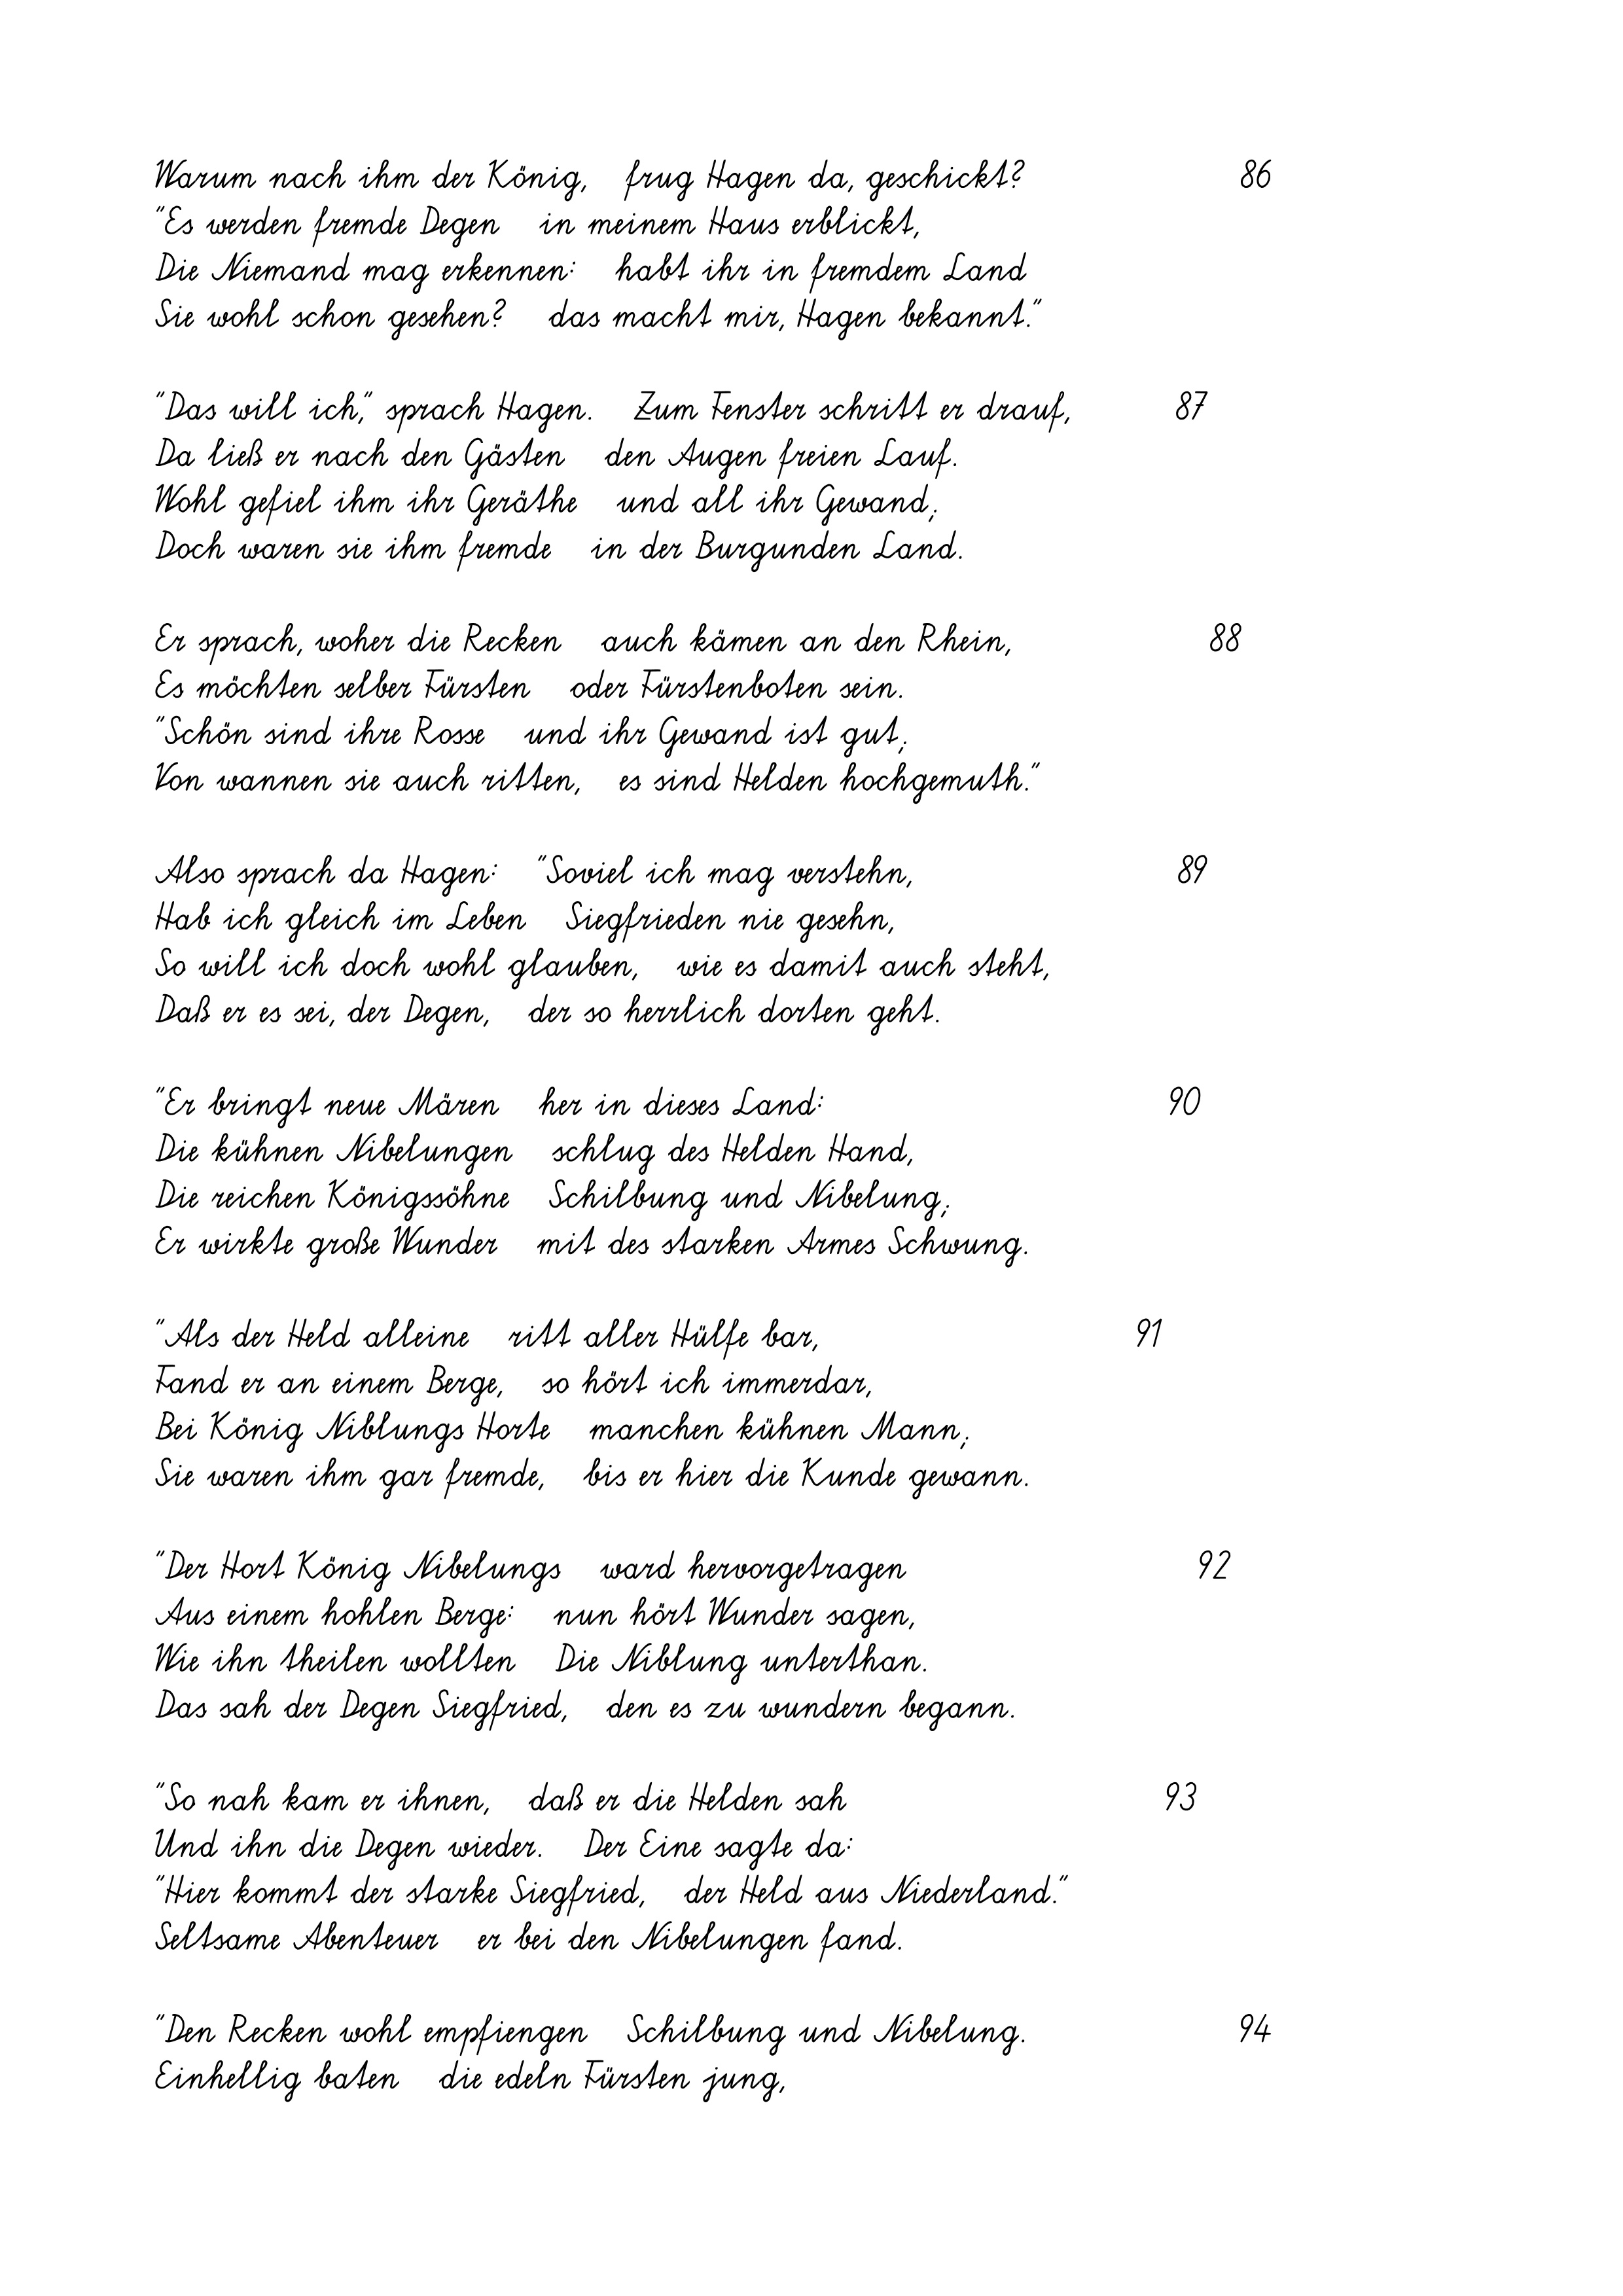
Warum nach ihm der König,   frug Hagen da, geschickt?
"Es werden fremde Degen   in meinem Haus erblickt,
Die Niemand mag erkennen:   habt ihr in fremdem Land
Sie wohl schon gesehen?   das macht mir, Hagen bekannt."
"Das will ich," sprach Hagen.   Zum Fenster schritt er drauf,
Da ließ er nach den Gästen   den Augen freien Lauf.
Wohl gefiel ihm ihr Geräthe   und all ihr Gewand;
Doch waren sie ihm fremde   in der Burgunden Land.
Er sprach, woher die Recken   auch kämen an den Rhein,
Es möchten selber Fürsten   oder Fürstenboten sein.
"Schön sind ihre Rosse   und ihr Gewand ist gut;
Von wannen sie auch ritten,   es sind Helden hochgemuth."
Also sprach da Hagen:   "Soviel ich mag verstehn,
Hab ich gleich im Leben   Siegfrieden nie gesehn,
So will ich doch wohl glauben,   wie es damit auch steht,
Daß er es sei, der Degen,   der so herrlich dorten geht.
"Er bringt neue Mären   her in dieses Land:
Die kühnen Nibelungen
schlug des Helden Hand,
Die reichen Königssöhne   Schilbung und Nibelung;
Er wirkte große Wunder   mit des starken Armes Schwung.
"Als der Held alleine   ritt aller Hülfe bar,
Fand er an einem Berge,   so hört ich immerdar,
Bei König Niblungs Horte   manchen kühnen Mann;
Sie waren ihm gar fremde,
bis er hier die Kunde gewann.
"Der Hort König Nibelungs   ward hervorgetragen
Aus einem hohlen Berge:   nun hört Wunder sagen,
Wie ihn theilen wollten   Die Niblung unterthan.
Das sah der Degen Siegfried,   den es zu wundern begann.
"So nah kam er ihnen,   daß er die Helden sah
Und ihn die Degen wieder.   Der Eine sagte da:
"Hier kommt der starke Siegfried,   der Held aus Niederland."
Seltsame Abenteuer   er bei den Nibelungen fand.
"Den Recken wohl empfiengen   Schilbung und Nibelung.
Einhellig baten   die edeln Fürsten jung,

9

90

93

87

89

92

88

94

86